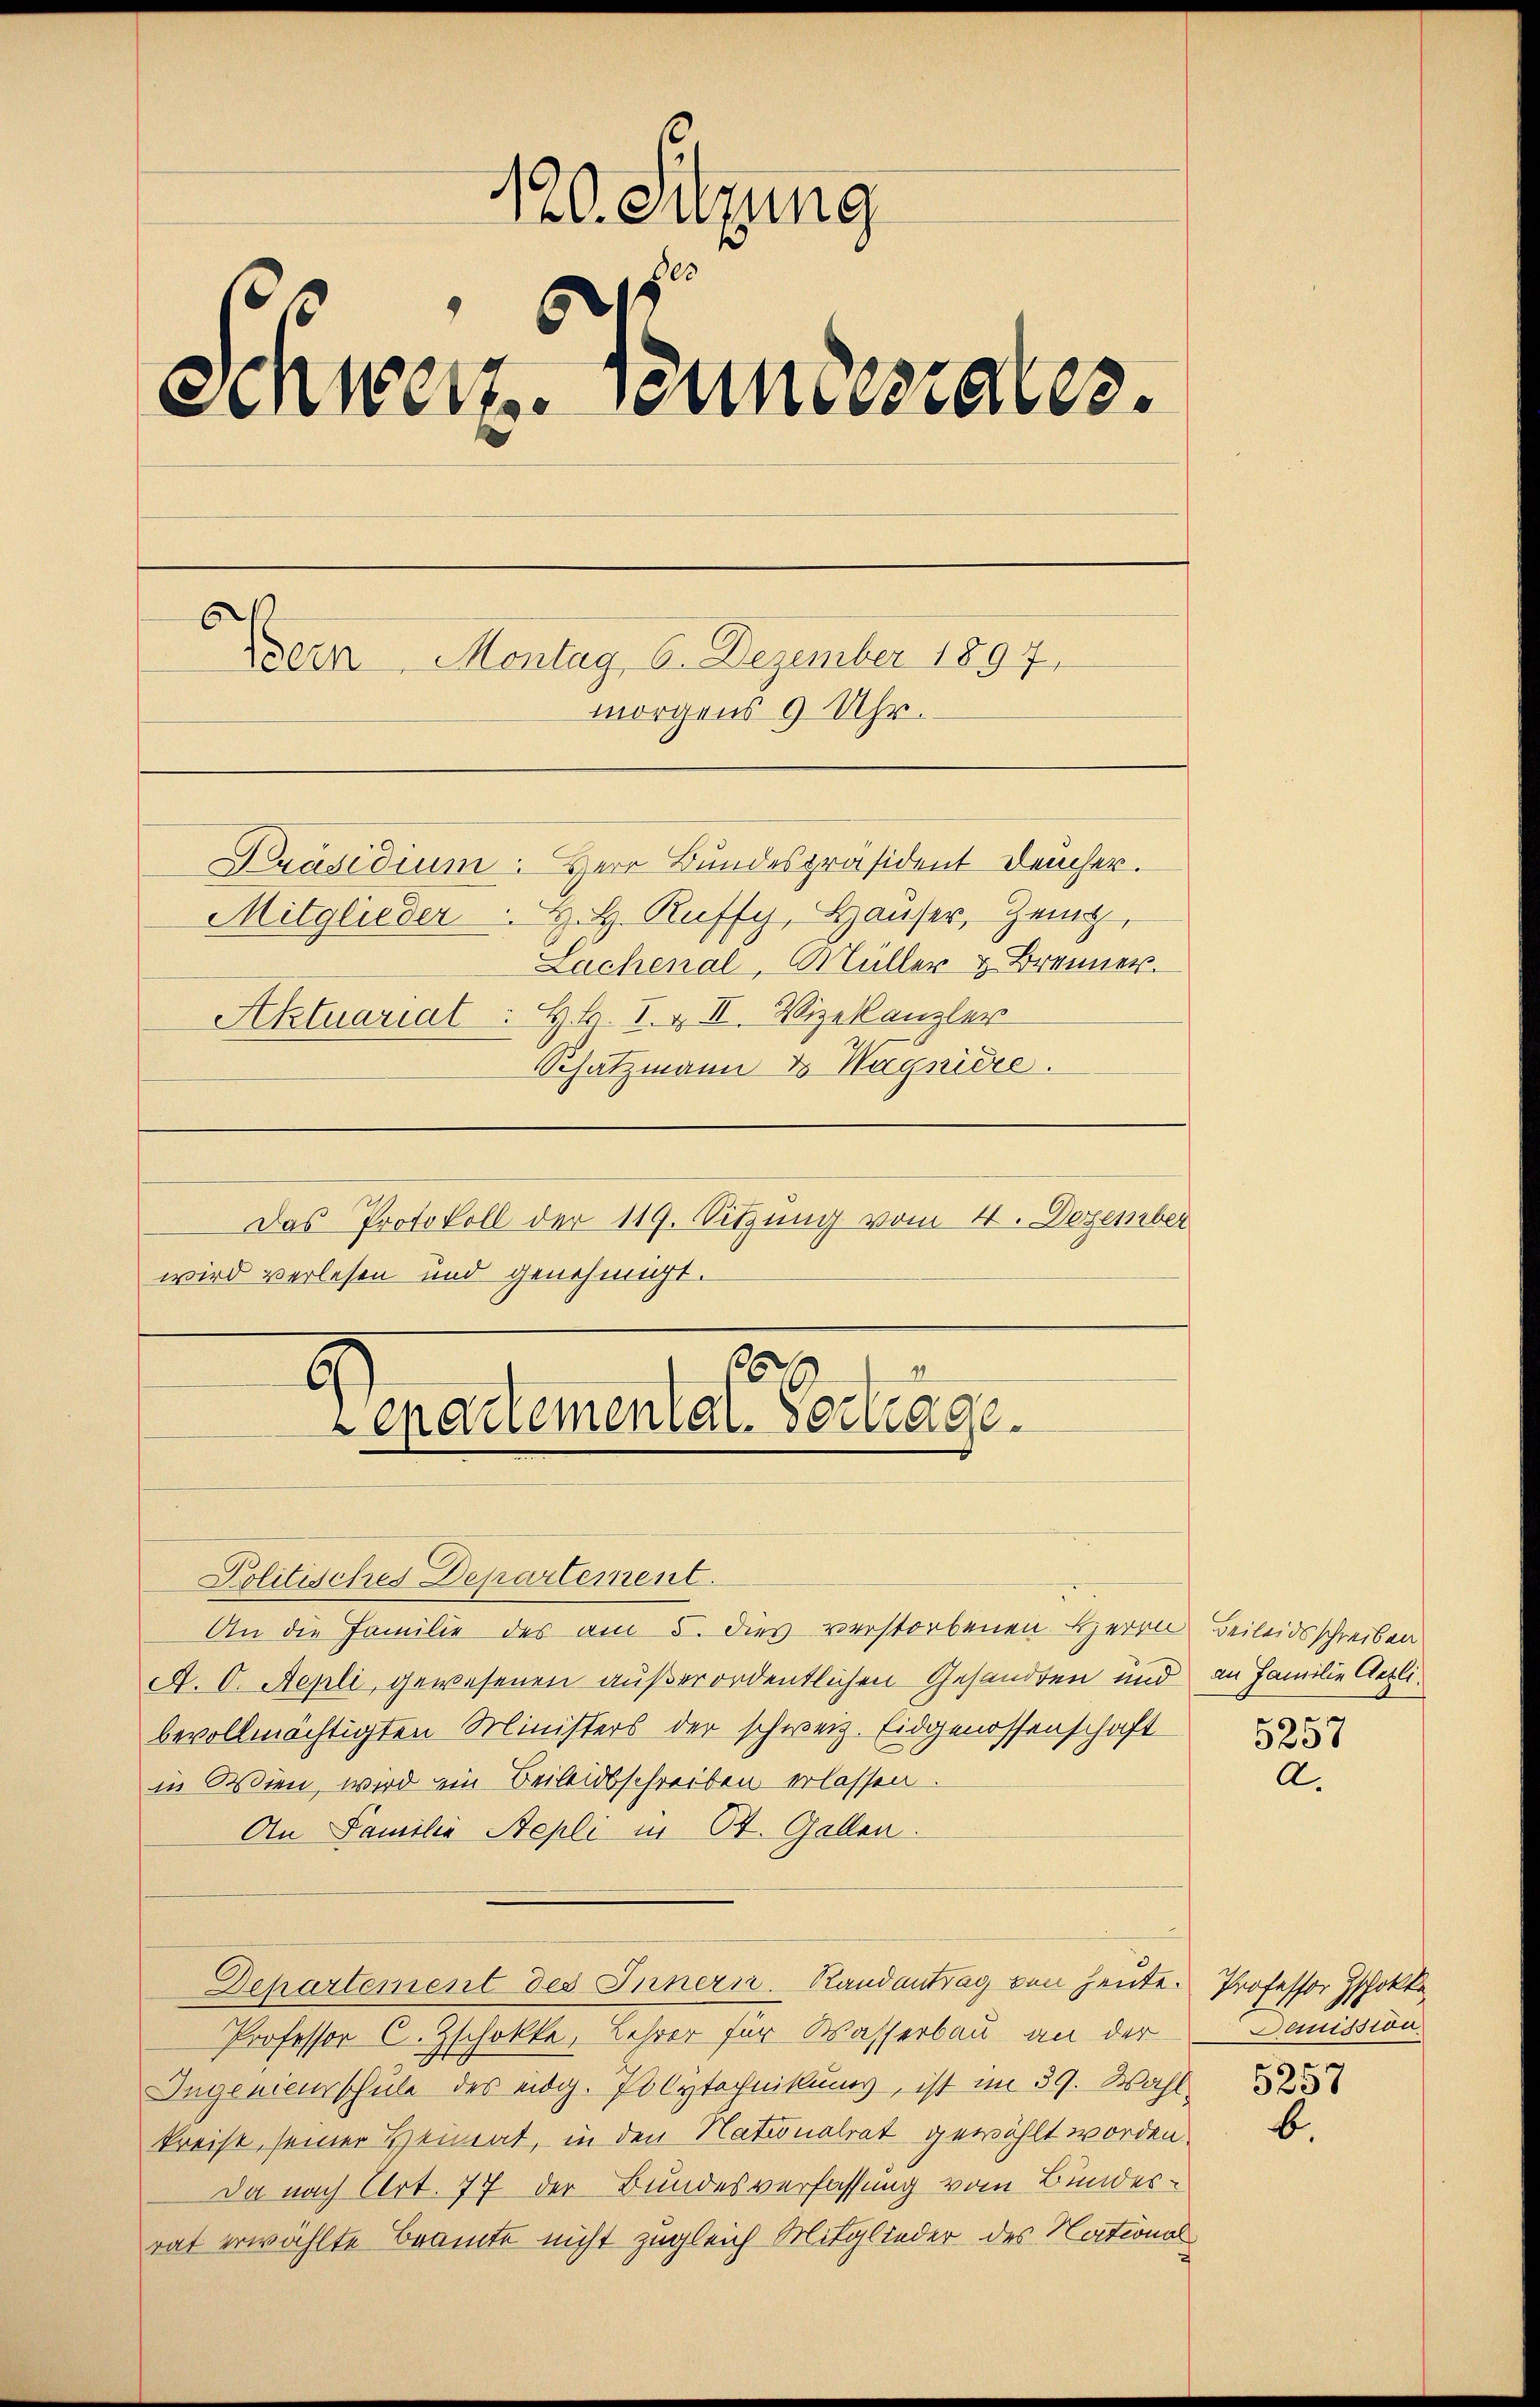
.
140. Eugung
Schweiz. Sonntestates.
Nein Montag 6. Dezember 1897.
morgens 9 Uhr.
Präsidium. Herr Bundespräsident Feucher.

Mitglieder H. H. Ruffy, Hauser, Zeig
Lachenal, Müller u Brenner.
Aktuariat : H. H. I. & II. Vizekanzler
Schatzmann & Wagnière.

Das Protokoll der 119. Sitzung vom 4. Dezember
wird verlesen und genehmigt.

11
6
G
epartementat. Vortrage.

Politisches Departement.
An die Familie des am 5. dies verstorbenen Herrn Beileidsschreiben
A. O. Aepli, gewesenen außerordentlichen Gesandten und an Familie Aetlibevollmächtigten Ministers der schweiz. Eidgenossenschaft
in Wien, wird ein Beileidsschreiben erlassen.
An Familie Stepli in 64. Gallen.
Departement des Innern. Randantrag von heute. Professor Zschokke¬
Professor C. Zschokke, Lehrer für Wasserbau an der Demission.
Ingenieurschule des eidg. Polytechnikums, ist im 39. Wahl 1883
kreise, seiner Heimat, in den Nationalrat gewählt worden.
Da nach Art. 77 der Bundesverfassung vom Bundesrat erwählte Beamte nicht zugleich Mitglieder des National¬
7

A.

b.